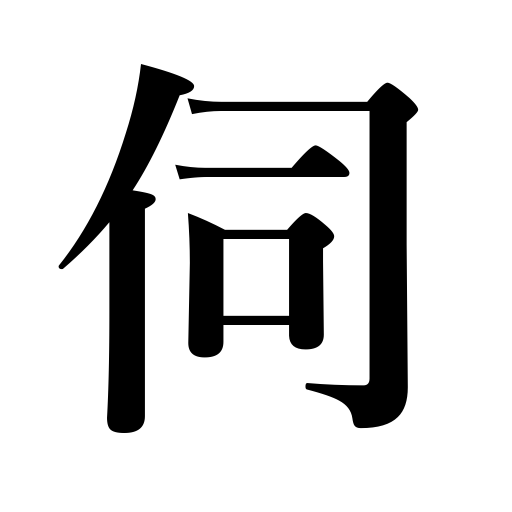
Meanings: visit,implore a good for an oracle,inquire,be told,hear,question,ask